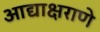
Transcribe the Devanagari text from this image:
आद्याक्षराणे